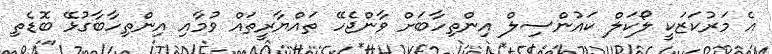
އެ މަރުކަޒަކީ ލޯކަލް ކައުންސިލް އިންތިހާބަށް ވާންޖެހޭ ތައްޔާރީތައް ވުމާއި އިންތިހާބާގުޅޭ ބޮޑެތި